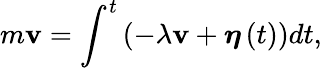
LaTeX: m\mathbf{v}=\int^{t}\left(-\lambda\mathbf{v}+{\boldsymbol{\eta}}\left(t\right)\right)dt,